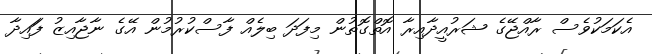
އެކަމަކުވެސް ރާއްޖޭގެ ޝަރުއީދާއިރާ އޮތްގޮތުން މިފަދަ ބިލެއް ފާސްކުރުމުން އޭގެ ނާޖާއިޒު ފަައިދާ